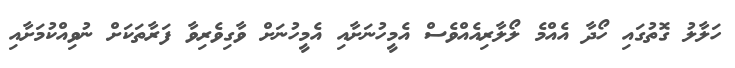
ހަލާލު ގޮތުގައި ހޯދާ އެއްމެ ލޯލާރިއެއްވެސް އެމީހުނަށާއި އެމީހުނަށް ވާގިވެރިވާ ފަރާތަކަށް ނުވިއްކުމަށާއި